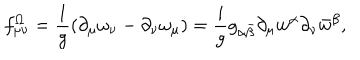
LaTeX: f _ { \mu \nu } ^ { \Omega } = { \frac { 1 } { g } } ( \partial _ { \mu } \omega _ { \nu } - \partial _ { \nu } \omega _ { \mu } ) = { \frac { i } { g } } g _ { \alpha \bar { \beta } } \partial _ { \mu } w ^ { \alpha } \partial _ { \nu } \bar { w } ^ { \beta } ,